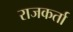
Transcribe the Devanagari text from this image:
राजकर्ता